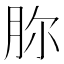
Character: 𣍨